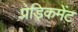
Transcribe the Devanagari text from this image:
प्रेड़िकमेंट